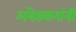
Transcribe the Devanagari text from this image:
अंबेडकरांनी